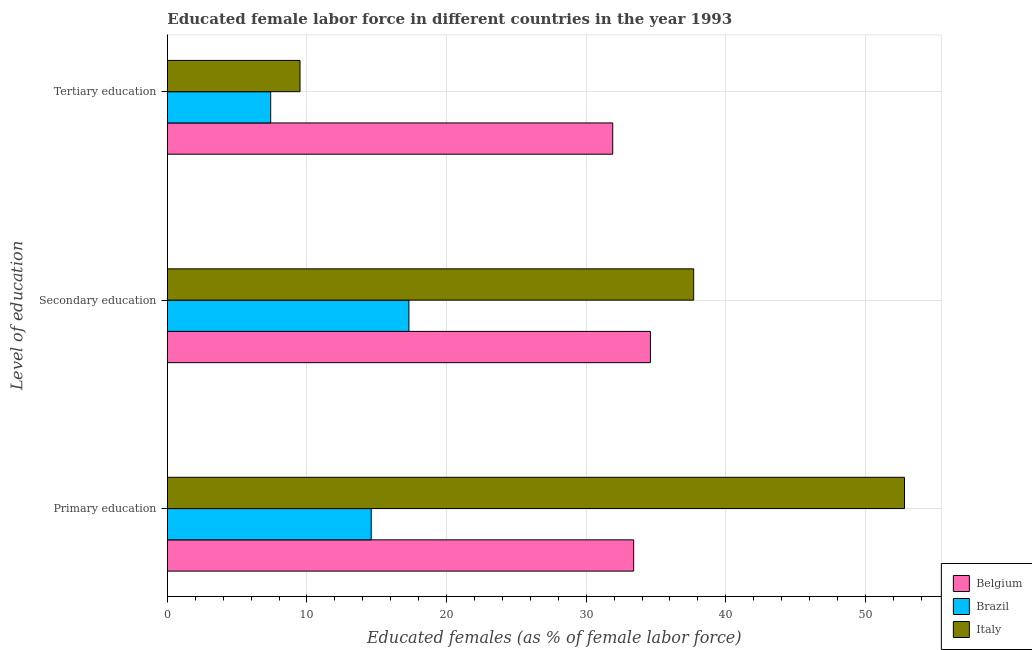
| Level of education | Belgium | Brazil | Italy |
 | --- | --- | --- | --- |
 | Primary education | 33.4 | 14.6 | 52.8 |
 | Secondary education | 34.6 | 17.3 | 37.7 |
 | Tertiary education | 31.9 | 7.4 | 9.5 |